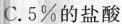
C.5%的盐酸